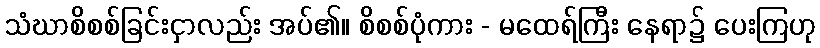
သံဃာစိစစ်ခြင်းငှာလည်း အပ်၏။ စိစစ်ပုံကား - မထေရ်ကြီး နေရာ၌ ပေးကြဟု